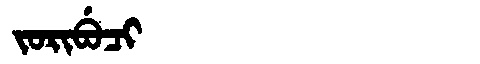
Manchu: ᠵᠣᡵᡳᠪᡠᠴᡳ
Romanization: JORIBUCI